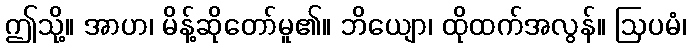
ဤသို့။ အာဟ၊ မိန့်ဆိုတော်မူ၏။ ဘိယျော၊ ထိုထက်အလွန်။ ဩပမံ၊